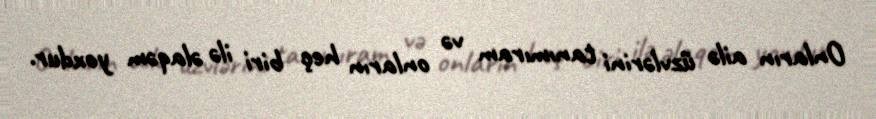
Onların ailə üzvlərini tanımıram və onların heç biri ilə əlaqəm yoxdur.